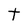
Character: t